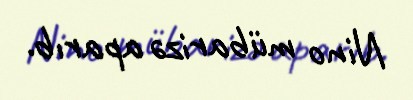
Nino mübarizə aparıb.